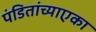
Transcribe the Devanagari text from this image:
पंडितांच्याएका